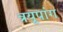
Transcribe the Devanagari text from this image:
त्रयूपांग